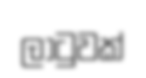
ලාටුවක්